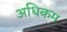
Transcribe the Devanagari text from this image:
अधिकम